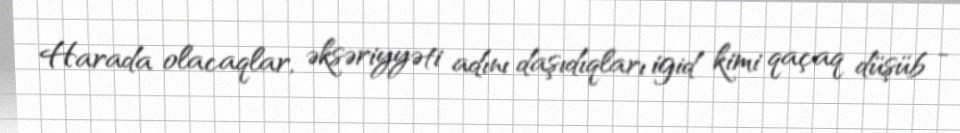
Harada olacaqlar, əksəriyyəti adını daşıdıqları igid kimi qaçaq düşüb -